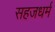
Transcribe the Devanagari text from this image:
सहजधर्म